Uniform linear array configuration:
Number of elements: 12
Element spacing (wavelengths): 0.5
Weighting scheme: uniform
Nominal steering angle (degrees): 0
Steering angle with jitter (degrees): -1.828
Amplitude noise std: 0.05
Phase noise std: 0.05

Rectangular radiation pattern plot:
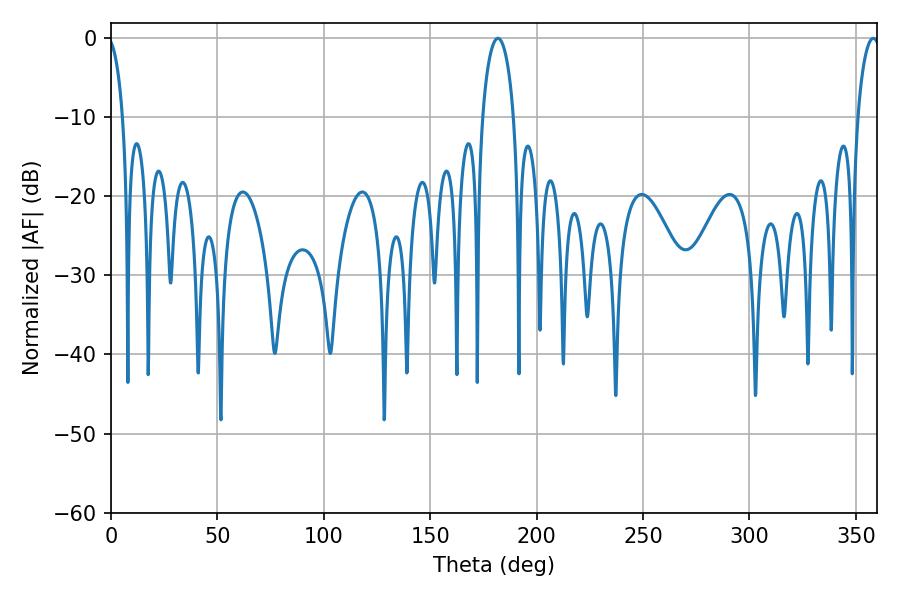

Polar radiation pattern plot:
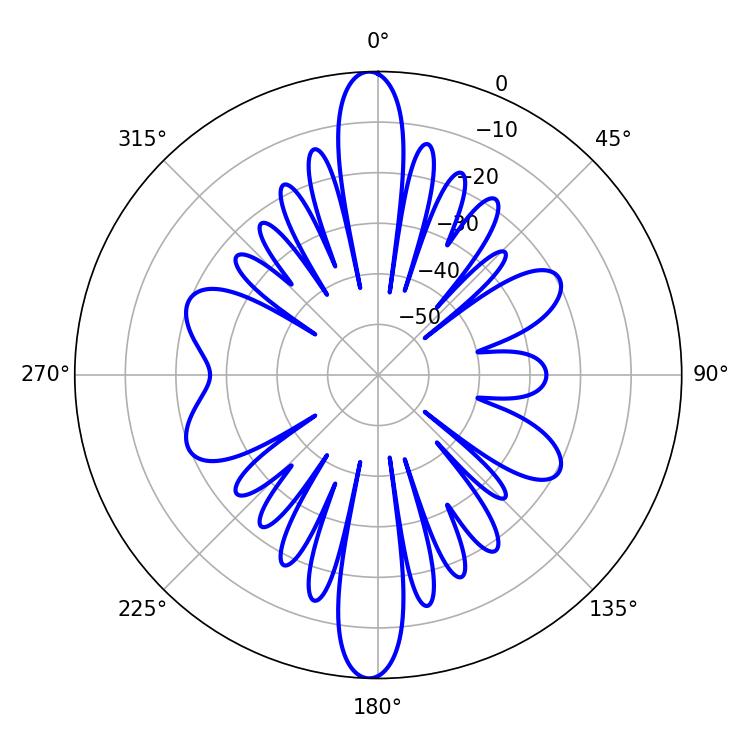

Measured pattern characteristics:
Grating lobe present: FALSE
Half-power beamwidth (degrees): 8.28
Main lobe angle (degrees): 181.8